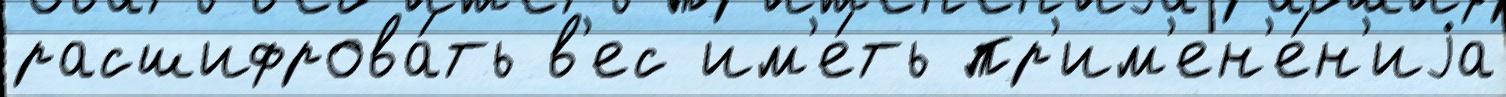
расшифрова́ть в'ес им'е́ть пр'им'ен'е́н'иjа